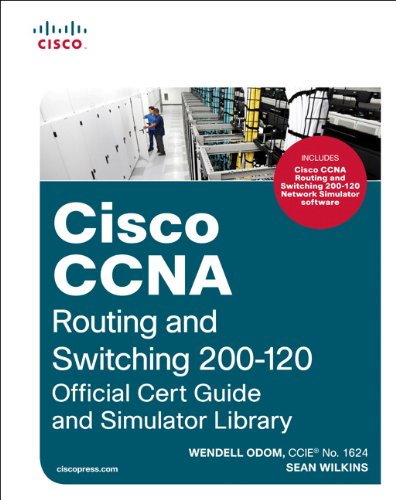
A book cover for Cisco CCNA Routing and Switching 200-120 Official Cert Guide and Simulator Library; Wendell Odom; Computers & Technology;